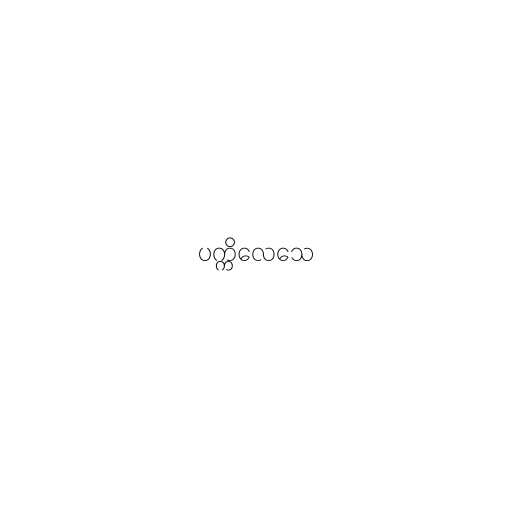
ပက္ကိလေသေ